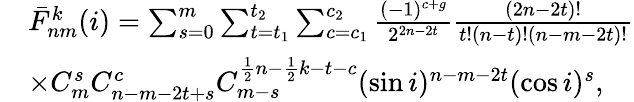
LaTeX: \begin{array}{rl}&{\bar{F}_{nm}^{k}(i)=\sum_{s=0}^{m}\sum_{t=t_{1}}^{t_{2}}\sum_{c=c_{1}}^{c_{2}}\frac{(-1)^{c+g}}{2^{2n-2t}}\frac{(2n-2t)!}{t!(n-t)!(n-m-2t)!}}\\ &{\times C_{m}^{s}C_{n-m-2t+s}^{c}C_{m-s}^{\frac{1}{2}n-\frac{1}{2}k-t-c}(\sin i)^{n-m-2t}(\cos i)^{s},}\end{array}